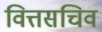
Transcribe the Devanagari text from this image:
वित्तसचिव